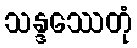
သန္ဒဿေတုံ